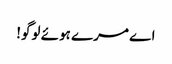
اے مرے ہوئے لوگو!